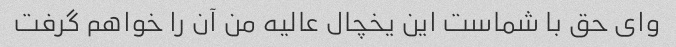
وای حق با شماست این یخچال عالیه من آن را خواهم گرفت